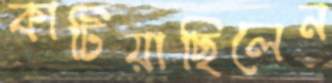
কাটিয়াছিলেন